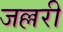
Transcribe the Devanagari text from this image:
जल्लरी